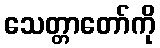
သေတ္တာတော်ကို